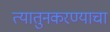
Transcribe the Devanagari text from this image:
त्यातुनकरण्याचा